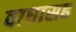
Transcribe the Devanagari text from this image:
वाघासह